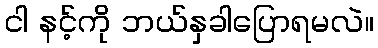
ငါ နင့်ကို ဘယ်နှခါပြောရမလဲ။